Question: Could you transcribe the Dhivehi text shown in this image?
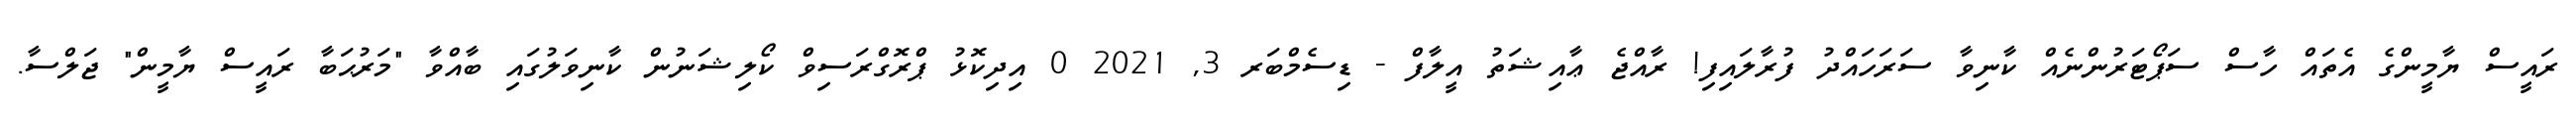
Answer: ރައީސް ޔާމީންގެ އެތައް ހާސް ސަޕޯޓަރުންނެއް ކާނިވާ ސަރަހައްދު ފުރާލައިފި! ރާއްޖެ ޢާއިޝަތު އީލާފް - ޑިސެމްބަރ 3, 2021 0 އިދިކޮޅު ޕްރޮގްރަސިވް ކޯލިޝަނުން ކާނިވަލުގައި ބާއްވާ "މަރުޙަބާ ރައީސް ޔާމީން" ޖަލްސާ.